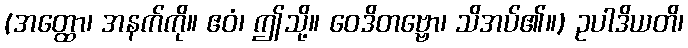
(အတ္ထော၊ အနက်ကို။ ဧဝံ၊ ဤသို့။ ဝေဒိတဗ္ဗော၊ သိအပ်၏။) ဥပါဒိယတိ၊